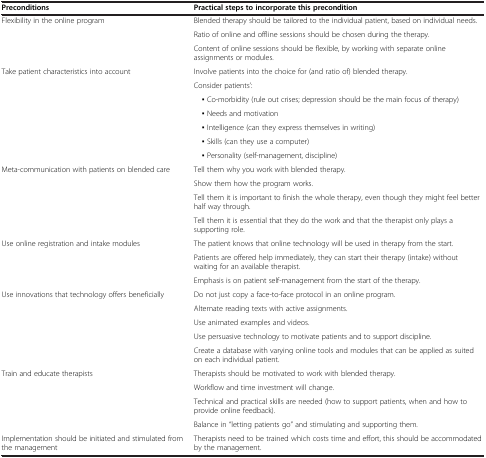
| Preconditions | Practical steps to incorporate this precondition |
 | --- | --- |
 | <ROWSPAN=3> Flexibility in the online program | Blended therapy should be tailored to the individual patient, based on individual needs. |
 | Ratio of online and offline sessions should be chosen during the therapy. |
 | Content of online sessions should be flexible, by working with separate online assignments or modules. |
 | <ROWSPAN=7> Take patient characteristics into account | Involve patients into the choice for (and ratio of) blended therapy. |
 | Consider patients’: |
 | ▪ Co-morbidity (rule out crises; depression should be the main focus of therapy) |
 | ▪ Needs and motivation |
 | ▪ Intelligence (can they express themselves in writing) |
 | ▪ Skills (can they use a computer) |
 | ▪ Personality (self-management, discipline) |
 | <ROWSPAN=4> Meta-communication with patients on blended care | Tell them why you work with blended therapy. |
 | Show them how the program works. |
 | Tell them it is important to finish the whole therapy, even though they might feel better half way through. |
 | Tell them it is essential that they do the work and that the therapist only plays a supporting role. |
 | <ROWSPAN=3> Use online registration and intake modules | The patient knows that online technology will be used in therapy from the start. |
 | Patients are offered help immediately, they can start their therapy (intake) without waiting for an available therapist. |
 | Emphasis is on patient self-management from the start of the therapy. |
 | <ROWSPAN=5> Use innovations that technology offers beneficially | Do not just copy a face-to-face protocol in an online program. |
 | Alternate reading texts with active assignments. |
 | Use animated examples and videos. |
 | Use persuasive technology to motivate patients and to support discipline. |
 | Create a database with varying online tools and modules that can be applied as suited on each individual patient. |
 | <ROWSPAN=4> Train and educate therapists | Therapists should be motivated to work with blended therapy. |
 | Workflow and time investment will change. |
 | Technical and practical skills are needed (how to support patients, when and how to provide online feedback). |
 | Balance in “letting patients go” and stimulating and supporting them. |
 | Implementation should be initiated and stimulated from the management | Therapists need to be trained which costs time and effort, this should be accommodated by the management. |